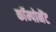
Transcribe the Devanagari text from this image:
काॅम्पोनेंट